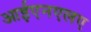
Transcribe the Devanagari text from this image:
आईएनएलए